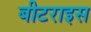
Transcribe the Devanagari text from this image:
बीटराइस